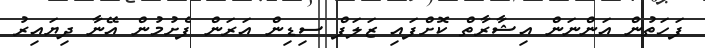
ފަހަތުން އަންނަން އިޝާރާތް ކޮށްފައި ޒަލަފް ސިޑިން އަރަން ފެށުމުން އޭނާ ދިޔައިރު